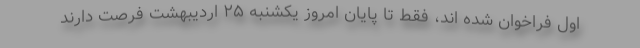
اول فراخوان شده اند، فقط تا پایان امروز یکشنبه ۲۵ اردیبهشت فرصت دارند